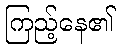
ကြည့်နေ၏